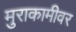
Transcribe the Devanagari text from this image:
मुराकामीवर